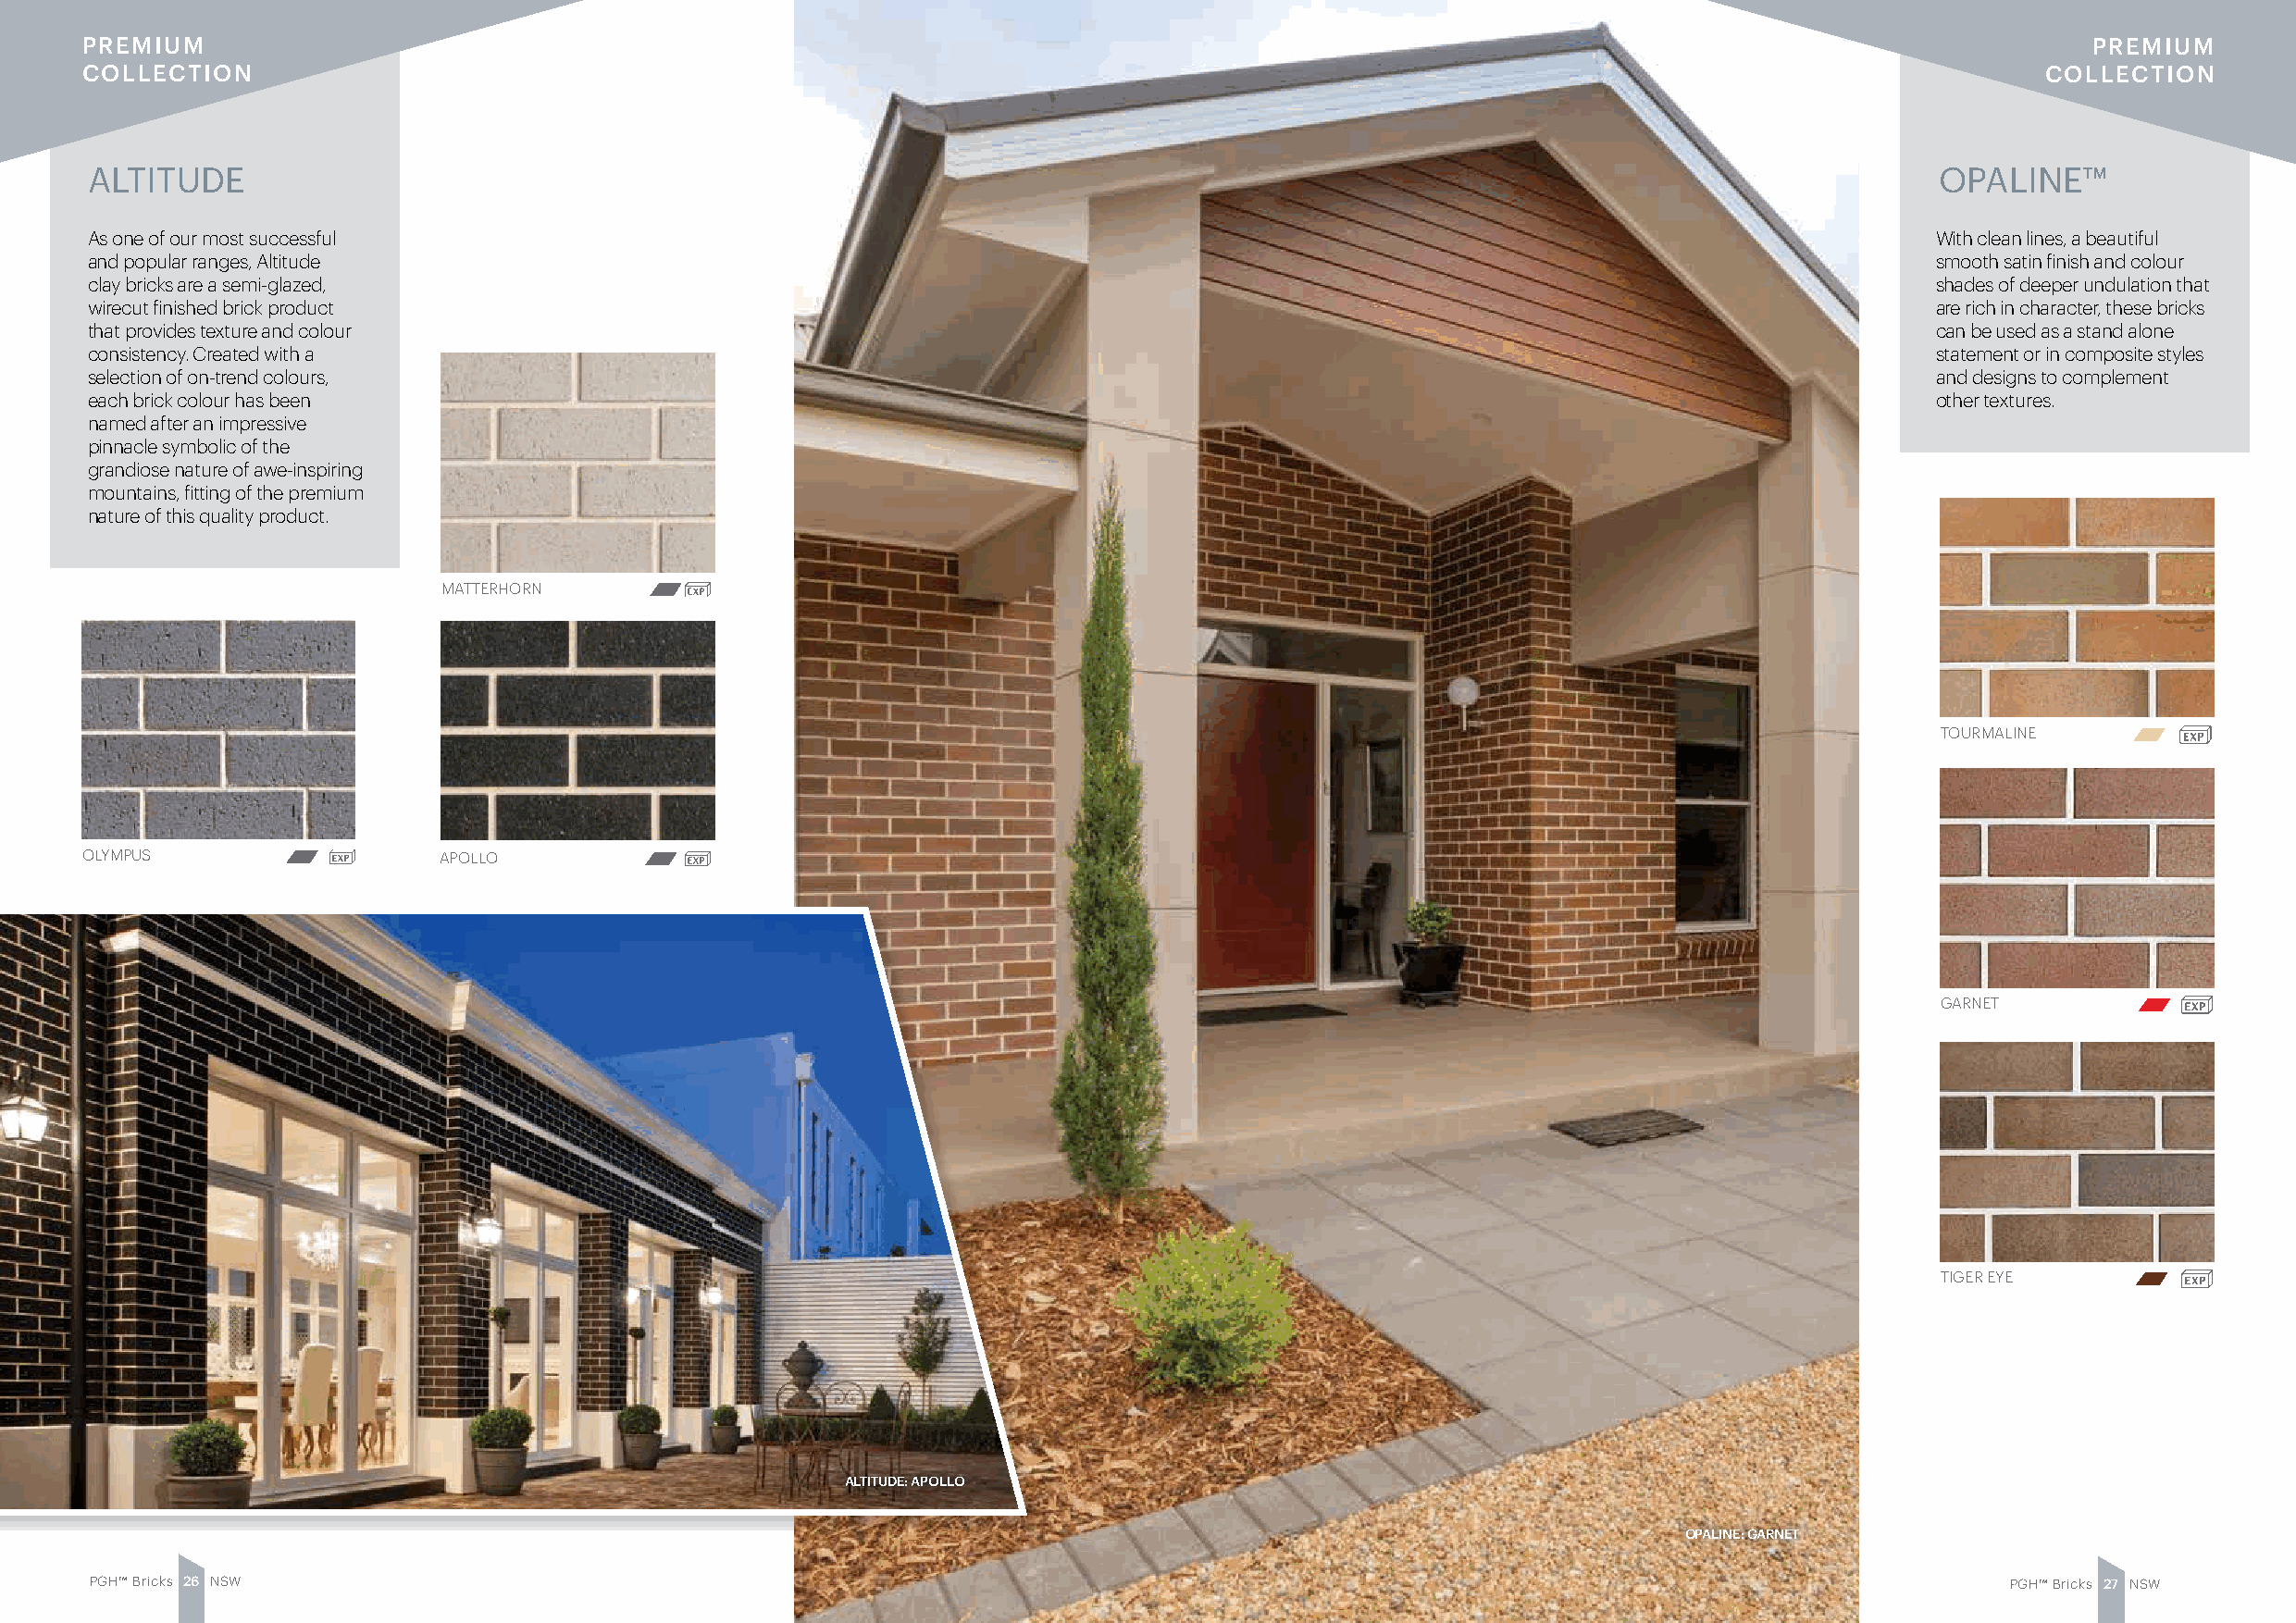
PREMIUM                                                                                                                                         PREMIUM
 COLLECTION                                                                                                                                  COLLECTION
 ALTITUDE                                                                                                                             OPALINE™
 As one of our most successful                                                                                                       With clean lines, a beautiful
 and popular ranges, Altitude                                                                                                        smooth satin finish and colour
 clay bricks are a semi-glazed,                                                                                                      shades of deeper undulation that
 wirecut finished brick product                                                                                                      are rich in character, these bricks
 that provides texture and colour                                                                                                    can be used as a stand alone
 consistency. Created with a                                                                                                         statement or in composite styles
 selection of on-trend colours,                                                                                                      and designs to complement
 each brick colour has been                                                                                                          other textures.
 named after an impressive
 pinnacle symbolic of the
 grandiose nature of awe-inspiring
 mountains, fitting of the premium
 nature of this quality product.
 MATTERHORN
 TOURMALINE
 OLYMPUS                  APOLLO
 GARNET
 TIGER EYE
 ALTITUDE: APOLLO
 OPALINE: GARNET
 PGH™ Bricks 2 6 NSW                                                                                                                       PGH™ Bricks 2 7 NSW